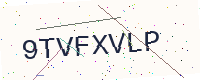
Text: 9TVFXVLP